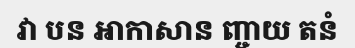
វា បន ឤកាសាន ញ្ចាយ តនំ